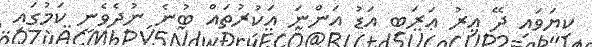
ކިޔަވައި ދޭ އިރު ޢަރަބި އަޑު އަންނަ އަކުރުތައް ބުނެ ނުދެވެނީ ކަމުގައި